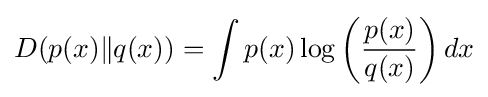
D(p(x)\|q(x))=\int p(x)\log \left({\frac {p(x)}{q(x)}}\right)dx